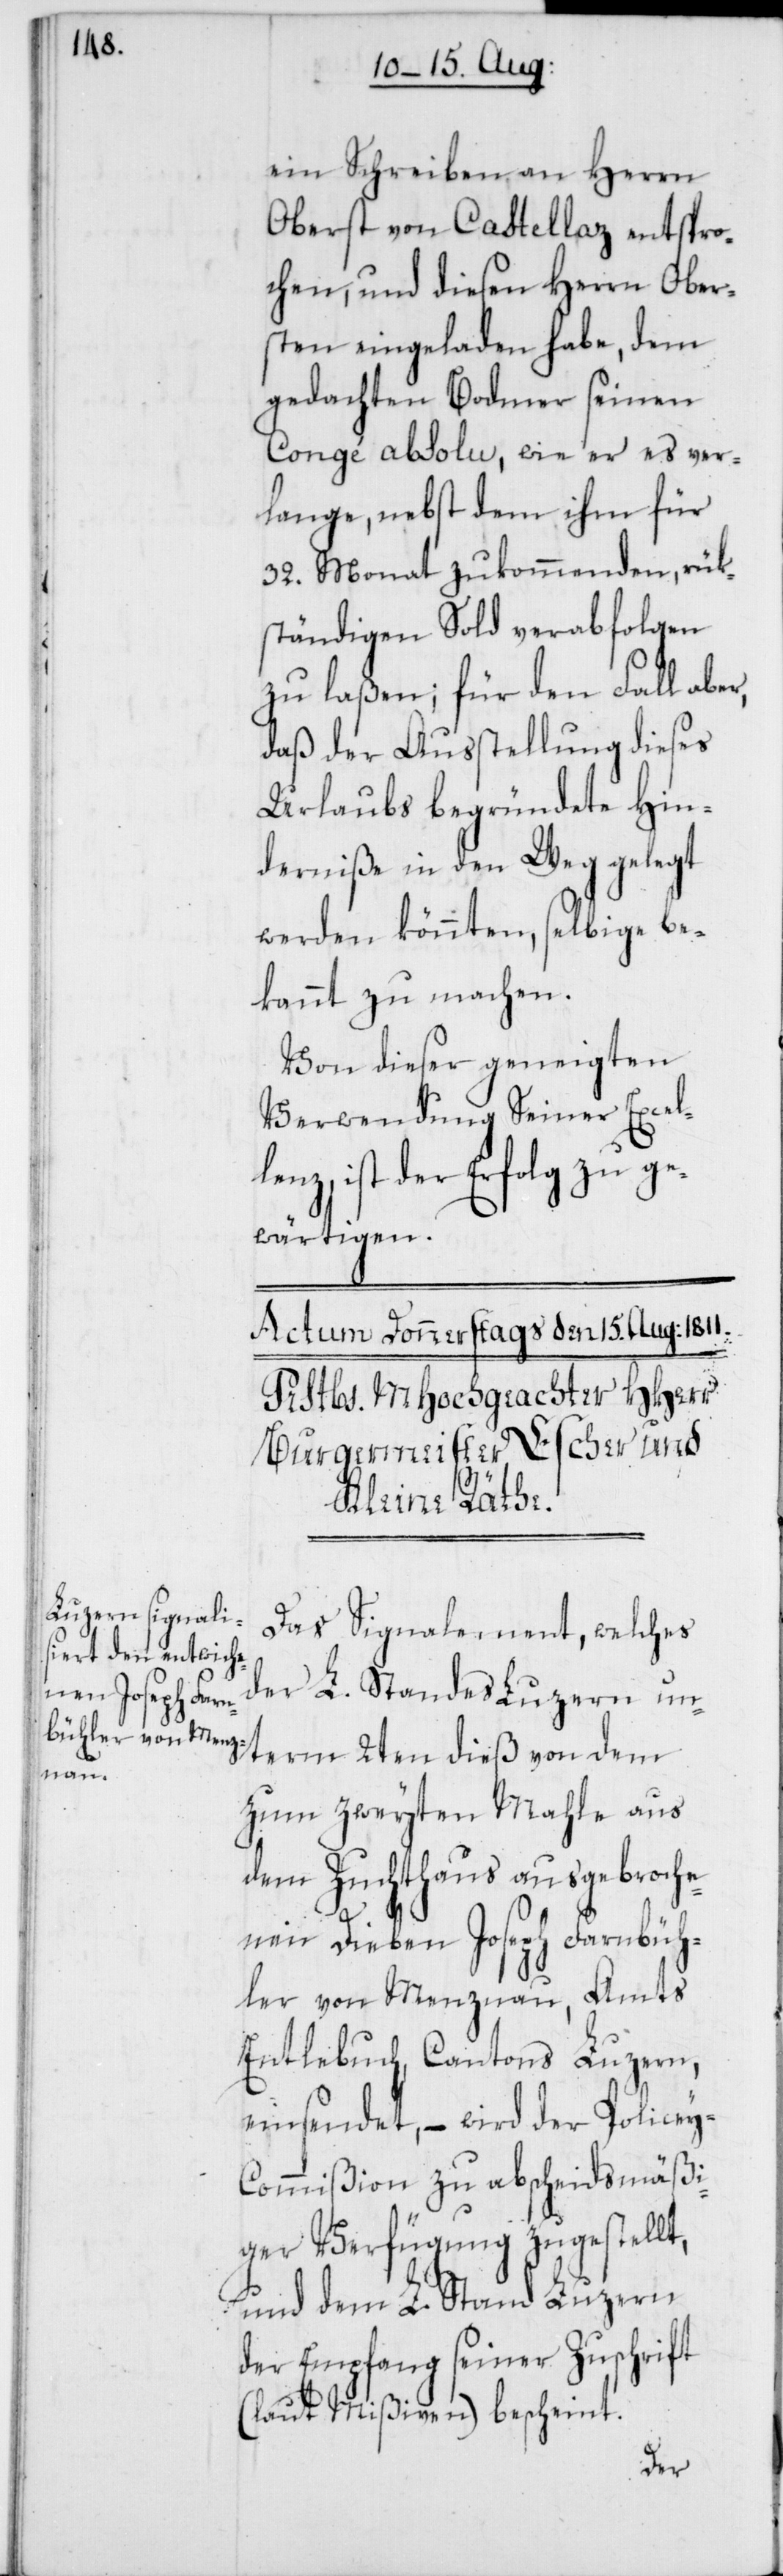
t,

ein Schreiben an Herrn
Oberst von Castellaz entspro¬
chen, und diesen Herrn Ober¬
sten eingeladen habe, dem
gedachten Bodmer seinen
Congé absolu, wie er es ver¬
lange, nebst dem ihm für
32. Monat zukommenden, rük¬
ständigen Sold verabfolgen
zu laßen; für den Fall aber,
daß der Ausstellung dieses
Urlaubs begründete Hin¬
derniße in den Weg gelegt
werden könnten, selbige be¬
kannt zu machen.
Von dieser geneigten
Verwendung Seiner Excel¬
enz, ist der Erfolg zu ge¬
wärtigen.
Das Signalement, welches
term 2ten dieß von dem
zum zweiten Mahle aus
dem Zuchthaus ausgebroche¬
nen Dieben Joseph Farnbüh¬
ler von Menznau, Amts
Entlebuch, Cantons Luzern,
einsendet, – wird der Polize¬
y-Commißion zu abscheidsmäßi¬
ger Verfügung zugestell¬
und dem L. Stand Luzern
der Empfang seiner Zuschrift
(laut Mißiven) bescheint.
der